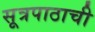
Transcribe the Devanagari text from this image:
सूत्रपाठाची